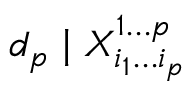
d _ { p } \mid X _ { i _ { 1 } \dotsc i _ { p } } ^ { 1 \dotsc p }